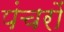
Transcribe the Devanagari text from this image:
पंचरों